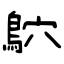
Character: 鴥